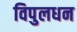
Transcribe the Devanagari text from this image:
विपुलधन